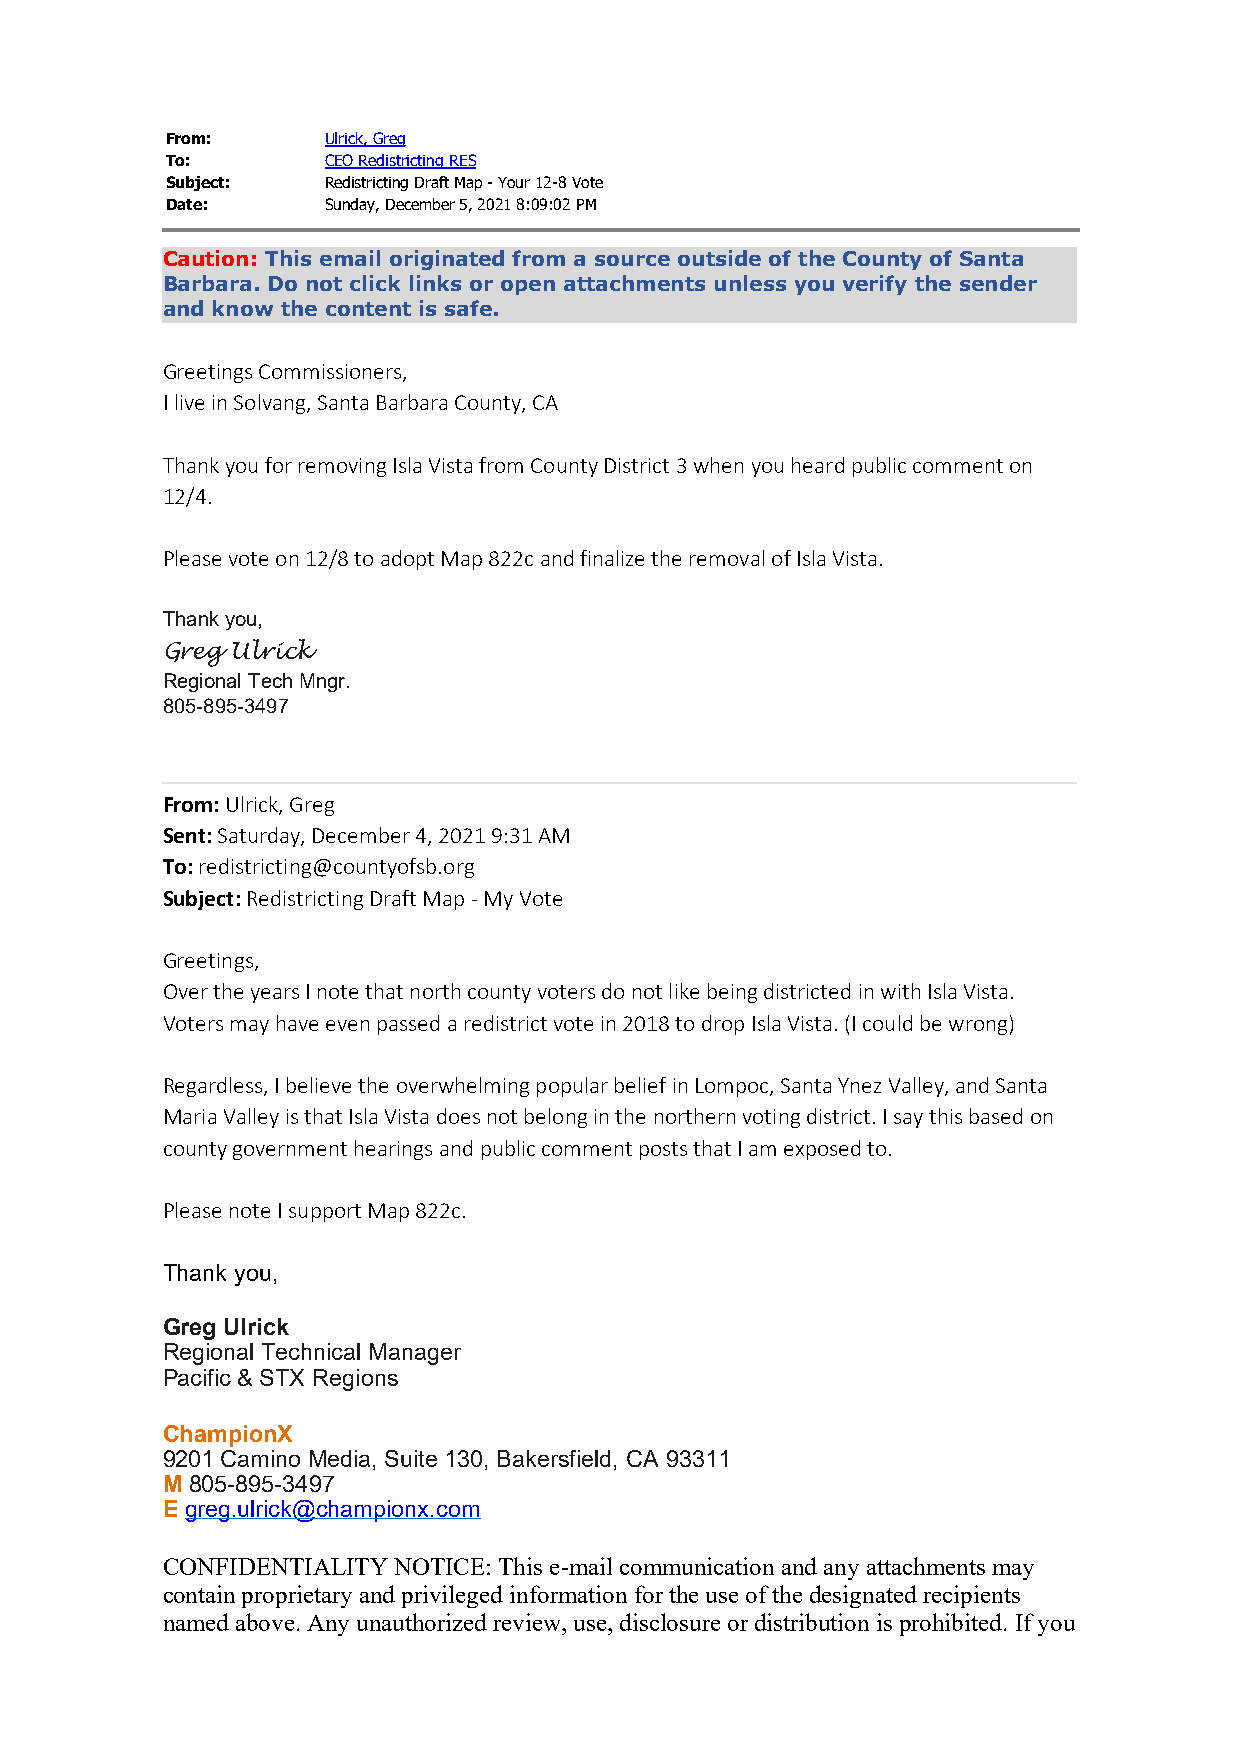
From:      Ulrick, Greg
 To:        CEO Redistricting RES
 Subject:   Redistricting Draft Map - Your 12-8 Vote
 Date:      Sunday, December 5, 2021 8:09:02 PM
 Caution: This email originated from a source outside of the County of Santa
 Barbara. Do not click links or open attachments unless you verify the sender
 and know the content is safe.
 Greetings Commissioners,
 I live in Solvang, Santa Barbara County, CA
 Thank you for removing Isla Vista from County District 3 when you heard public comment on
 12/4.
 Please vote on 12/8 to adopt Map 822c and finalize the removal of Isla Vista.
 Thank you,
 Greg Ulrick
 Regional Tech Mngr.
 805-895-3497
 From: Ulrick, Greg
 Sent: Saturday, December 4, 2021 9:31 AM
 To: redistricting@countyofsb.org
 Subject: Redistricting Draft Map - My Vote
 Greetings,
 Over the years I note that north county voters do not like being districted in with Isla Vista.
 Voters may have even passed a redistrict vote in 2018 to drop Isla Vista. (I could be wrong)
 Regardless, I believe the overwhelming popular belief in Lompoc, Santa Ynez Valley, and Santa
 Maria Valley is that Isla Vista does not belong in the northern voting district. I say this based on
 county government hearings and public comment posts that I am exposed to.
 Please note I support Map 822c.
 Thank you,
 Greg Ulrick
 Regional Technical Manager
 Pacific & STX Regions
 ChampionX
 9201 Camino Media, Suite 130, Bakersfield, CA 93311
 M 805-895-3497
 E greg.ulrick@championx.com
 CONFIDENTIALITY NOTICE: This e-mail communication and any attachments may
 contain proprietary and privileged information for the use of the designated recipients
 named above. Any unauthorized review, use, disclosure or distribution is prohibited. If you